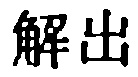
解出